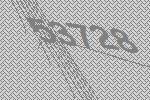
53728